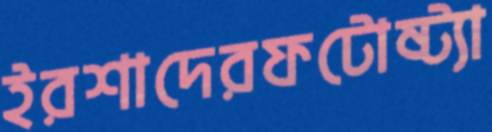
ইরশাদেরফটোষ্ট্যা